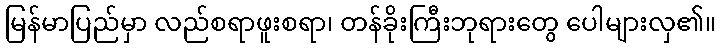
မြန်မာပြည်မှာ လည်စရာဖူးစရာ၊ တန်ခိုးကြီးဘုရားတွေ ပေါများလှ၏။